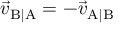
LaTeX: { \vec { v } } _ { \mathrm { B | A } } = - { \vec { v } } _ { \mathrm { A | B } }